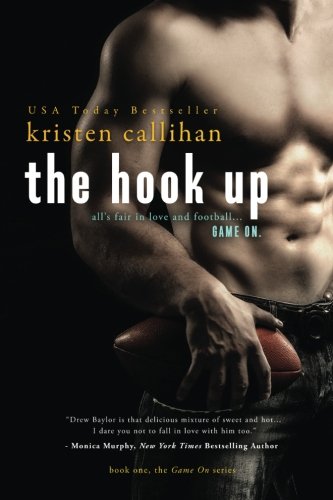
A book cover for The Hook Up (Game On) (Volume 1); Kristen Callihan; Romance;